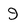
Character: 9